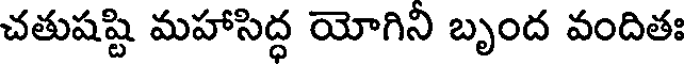
చతుషష్టి మహాసిద్ధ యోగిని బృంద వందితః